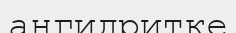
ангидритке